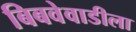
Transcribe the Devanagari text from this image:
बिबवेवाडीला